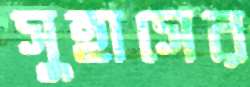
সুহাসের